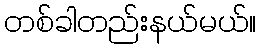
တစ်ခါတည်းနယ်မယ်။